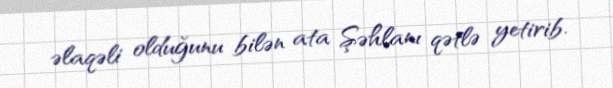
əlaqəli olduğunu bilən ata Şəhlanı qətlə yetirib.